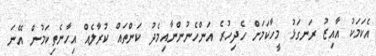
އެކަމަކު އާއިޒު ރަނގަޅު މީހާކަމަށް ހެދިހުރެ އަންހެނުންނާއިމެދު ކަންތައް ކުރާލެއް އިހާނެތިކަމުން އޭނަ